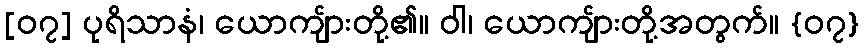
[၀၇] ပုရိသာနံ၊ ယောကျ်ားတို့၏။ ဝါ၊ ယောကျ်ားတို့အတွက်။ {၀၇}